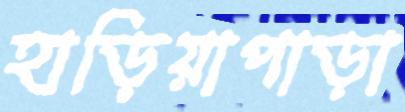
হাড়িয়াপাড়া